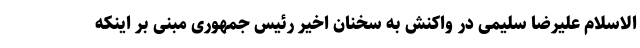
الاسلام علیرضا سلیمی در واکنش به سخنان اخیر رئیس جمهوری مبنی بر اینکه